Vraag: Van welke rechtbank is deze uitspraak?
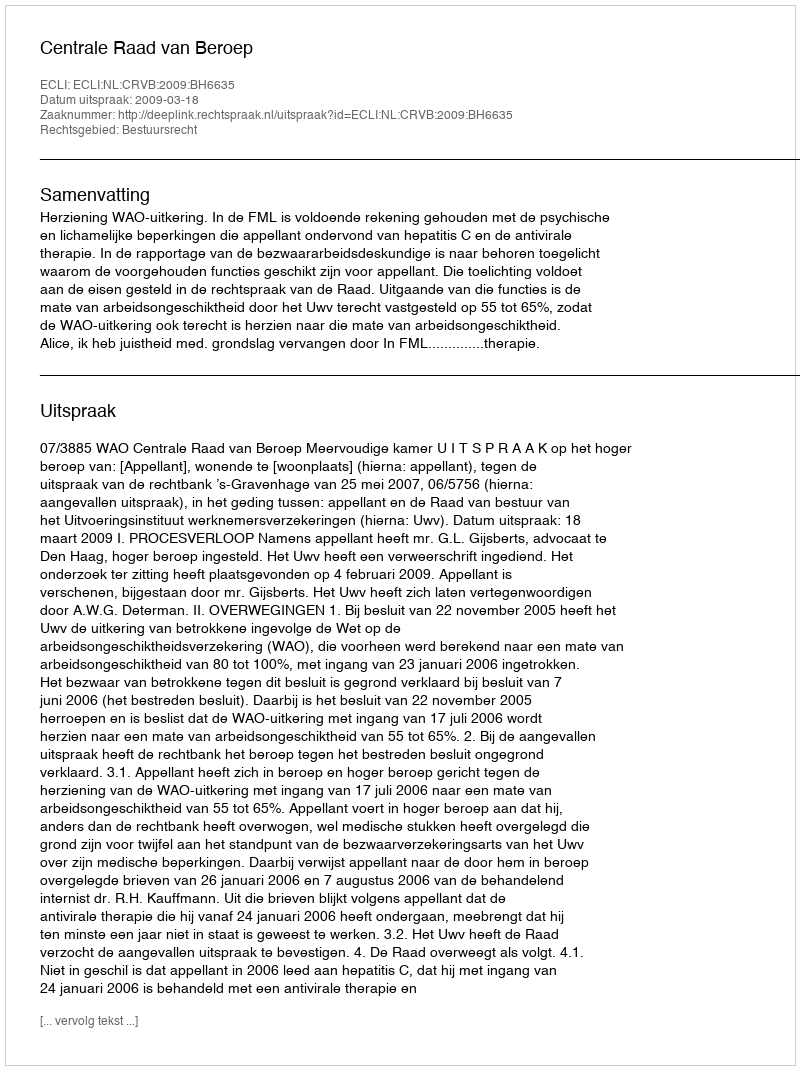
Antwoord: Centrale Raad van Beroep